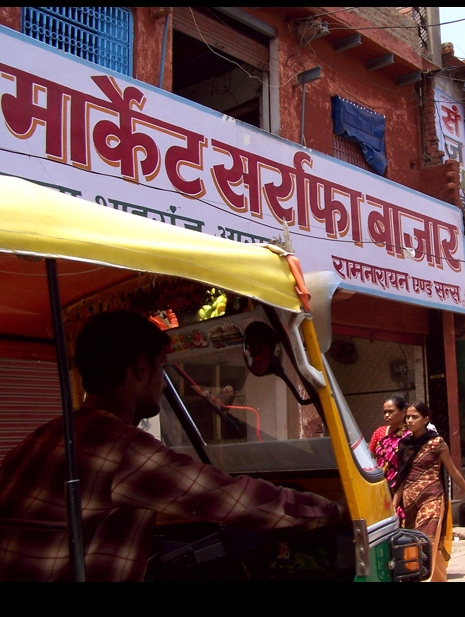
Language: hindi
Transcription: सर्राफा रामनारायन एण्ड सल्स बाजार मार्केट